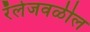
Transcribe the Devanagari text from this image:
रॅलेजवळील